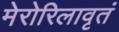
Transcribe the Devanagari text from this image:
मेरोरिलावृतं